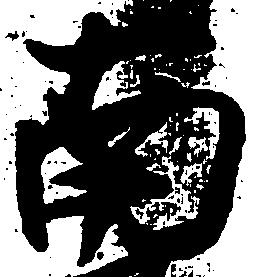
南